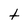
Character: t